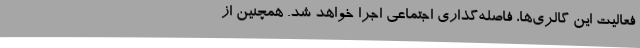
فعالیت این گالری‌ها، فاصله‌گذاری اجتماعی اجرا خواهد شد. همچنین از